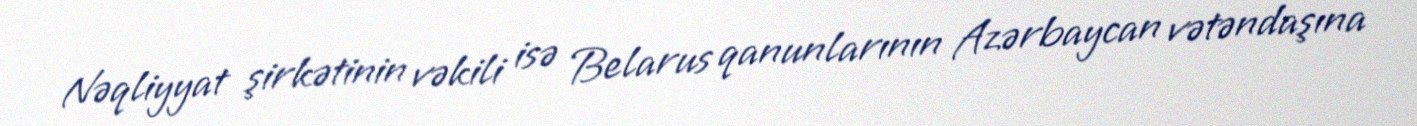
Nəqliyyat şirkətinin vəkili isə Belarus qanunlarının Azərbaycan vətəndaşına